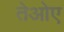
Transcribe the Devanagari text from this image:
तेओए